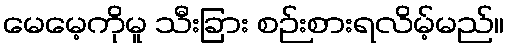
မေမေ့ကိုမူ သီးခြား စဉ်းစားရလိမ့်မည်။